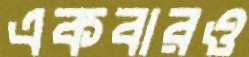
একবারও